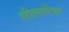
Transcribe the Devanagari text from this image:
लीलावेंचर